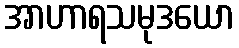
အာဟာရသမုဒယော